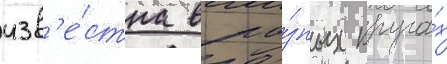
изв'е́стна в ра́зных круга́х